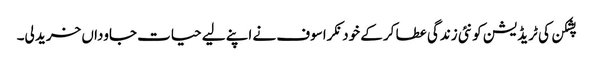
پشکن کی ٹریڈیشن کو نئی زندگی عطا کر کے خود نکراسوف نے اپنے لیے حیات جاوداں خرید لی۔